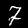
Digit: 7